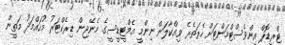
ޓްރީޑޮޕް އިންވެސްޓްމަންޓަށް ހެރަތެރެ ވިއްކާލަން ނިންމީ އެމްޓީޑީސީގެ މެނޭޖިން ޑިރެކްޓަރު މުހައްމަދު މަތީން